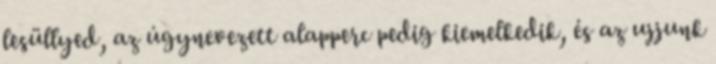
lesüllyed, az úgynevezett alapperc pedig kiemelkedik, és az ujjunk